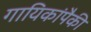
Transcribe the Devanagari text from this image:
गायिकांपैकी